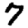
Digit: 7